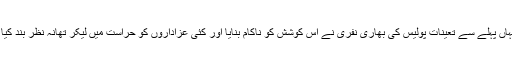
یہاں پہلے سے تعینات پولیس کی بھاری نفری نے اس کوشش کو ناکام بنایا اور کئی عزاداروں کو حراست میں لیکر تھانہ نظر بند کیا ۔